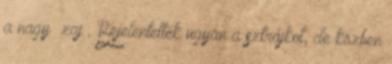
a nagy ’zaj’. Bejelentették ugyan a sztrájkot, de közben